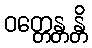
ဝတ္တေန္တန္တိ